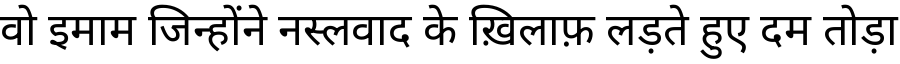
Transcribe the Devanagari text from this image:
वो इमाम जिन्होंने नस्लवाद के ख़िलाफ़ लड़ते हुए दम तोड़ा